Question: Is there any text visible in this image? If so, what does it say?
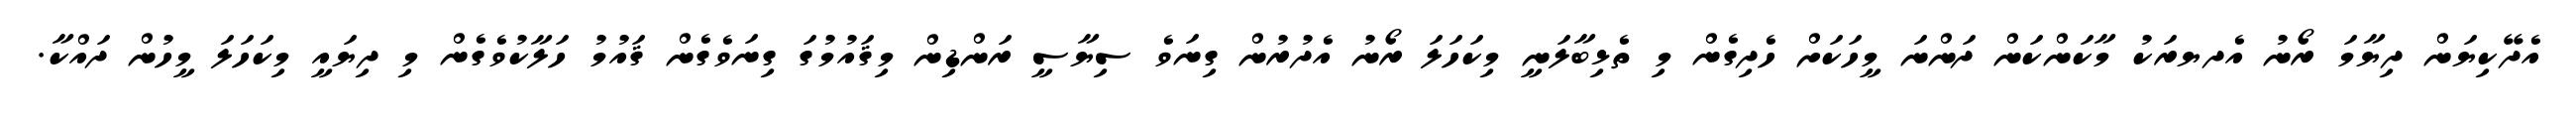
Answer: އެދޭކިޔަން ދިޔާމަ ރޯނު އެދޔރަކު މާކަންކަން ދަންނަ މީހަކަށް ހެދިގެން މި ތެޅިބާލަނީ މިކަހަލަ ރޯނު އެދުރުން ގިނަވެ ސިޔާސީ ރަންޑިން މިޤައުމުގަ ގިނަވެގެން ޤައުމު ހަލާކުވެގެން މި ދިޔައީ މިކަހަލަ މީހުން ދައްކާ.